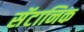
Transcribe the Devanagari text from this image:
सॅटानिक